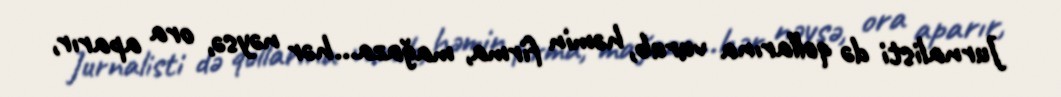
Jurnalisti də qollarına vurub, həmin firma, mağaza...hər nəysə, ora aparır,